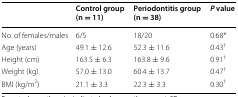
|  | Control group(n = 11) | Periodontitis group(n = 38) | P value |
 | --- | --- | --- | --- |
 | No. of females/males | 6/5 | 18/20 | 0.68* |
 | Age (years) | 49.1 ± 12.6 | 52.3 ± 11.6 | 0.43† |
 | Height (cm) | 163.5 ± 6.3 | 163.8 ± 9.6 | 0.91† |
 | Weight (kg) | 57.0 ± 13.0 | 60.4 ± 13.7 | 0.47† |
 | BMI (kg/m2) | 21.1 ± 3.3 | 22.3 ± 3.3 | 0.30† |